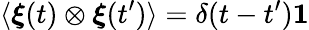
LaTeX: \langle\boldsymbol{\xi}(t)\otimes\boldsymbol{\xi}(t^{\prime})\rangle=\delta(t-t^{\prime})\boldsymbol{\mathrm{1}}